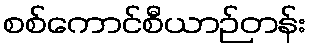
စစ်ကောင်စီယာဉ်တန်း